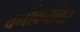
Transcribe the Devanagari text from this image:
वनांवनांवर